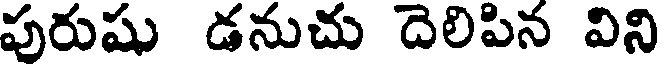
పురుషు డనుచు దెలిపిన విని